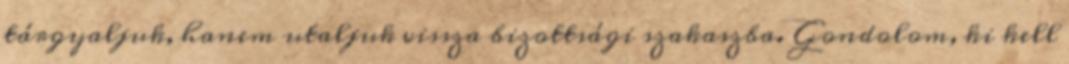
tárgyaljuk, hanem utaljuk vissza bizottsági szakaszba. Gondolom, ki kell